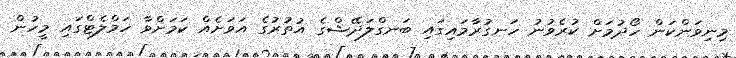
މިނިވަންކަން ހޯދުމަށް ކުރެވުނު ހަނގުރާމައިގައި ބަނގްލަދޭޝްގެ އުތުރުގެ އަވަށެއް ކަމަށްވާ ހަމްލެޓްގައި މީހުން